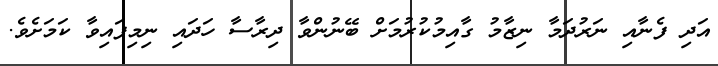
އަދި ފެނާއި ނަރުދަމާ ނިޒާމު ގާއިމުކުރުމަށް ބޭނުންވާ ދިރާސާ ހަދައި ނިމިފައިވާ ކަމަށެވެ.